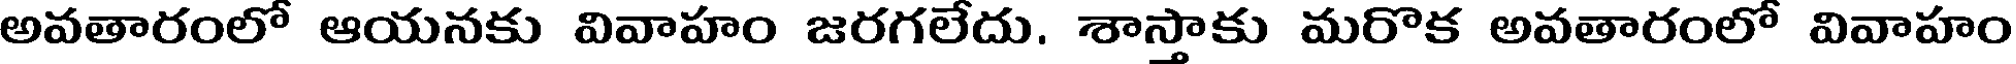
అవతారంలో ఆయనకు వివాహం జరగలేదు. శాస్తాకు మరొక అవతారంలో వివాహం